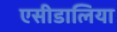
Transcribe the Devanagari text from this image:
एसीडालिया